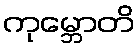
ကုမ္ဘောတိ